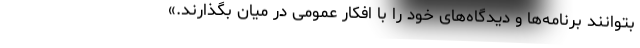
بتوانند برنامه‌ها و دیدگاه‌های خود را با افکار عمومی در میان بگذارند.»